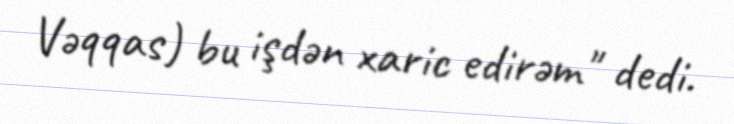
Vəqqas) bu işdən xaric edirəm" dedi.